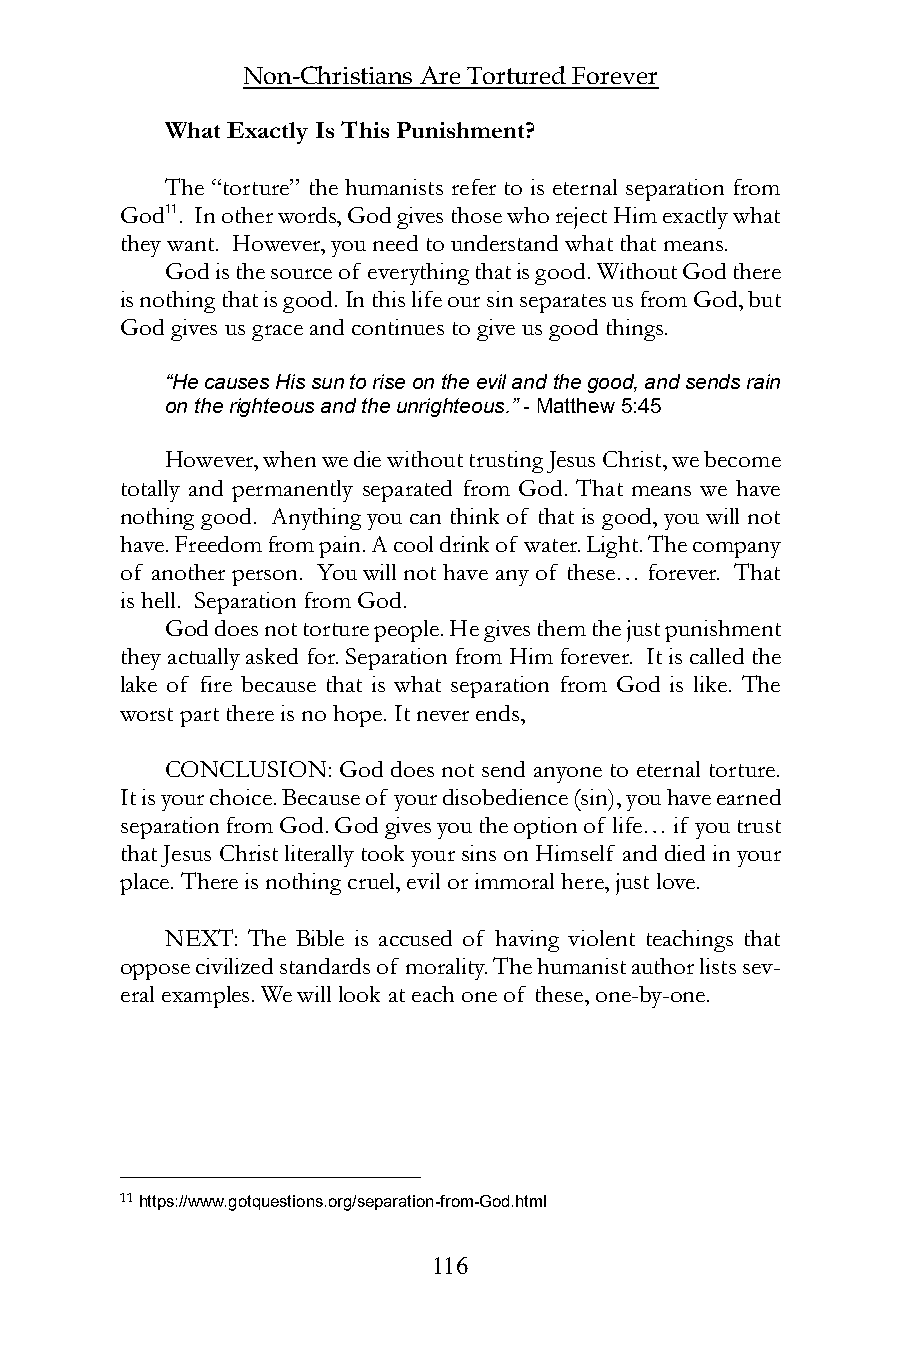
Non-Christians Are Tortured Forever
 What Exactly Is This Punishment?
 The “torture” the humanists refer to is eternal separation from
 God11. In other words, God gives those who reject Him exactly what
 they want. However, you need to understand what that means.
 God is the source of everything that is good. Without God there
 is nothing that is good. In this life our sin separates us from God, but
 God gives us grace and continues to give us good things.
 “He causes His sun to rise on the evil and the good, and sends rain
 on the righteous and the unrighteous.” - Matthew 5:45
 However, when we die without trusting Jesus Christ, we become
 totally and permanently separated from God. That means we have
 nothing good. Anything you can think of that is good, you will not
 have. Freedom from pain. A cool drink of water. Light. The company
 of another person. You will not have any of these… forever. That
 is hell. Separation from God.
 God does not torture people. He gives them the just punishment
 they actually asked for. Separation from Him forever. It is called the
 lake of fire because that is what separation from God is like. The
 worst part there is no hope. It never ends,
 CONCLUSION: God does not send anyone to eternal torture.
 It is your choice. Because of your disobedience (sin), you have earned
 separation from God. God gives you the option of life… if you trust
 that Jesus Christ literally took your sins on Himself and died in your
 place. There is nothing cruel, evil or immoral here, just love.
 NEXT: The Bible is accused of having violent teachings that
 oppose civilized standards of morality. The humanist author lists sev-
 eral examples. We will look at each one of these, one-by-one.
 11 https://www.gotquestions.org/separation-from-God.html
 116